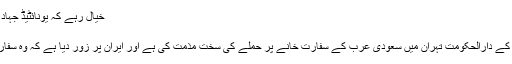
خیال رہے کہ یونائٹیڈ جہاد کونسل نے اس حملے کی ذمہ داری …
جنوری 5, 2016	301
اقوام متحدہ کی سلامتی کونسل نے ایران کے دارالحکومت تہران میں سعودی عرب کے سفارت خانے پر حملے کی سخت مذمت کی ہے اور ایران پر زور دیا ہے کہ وہ سفارتی خانوں کی سکیورٹی کو یقینی بنائے۔